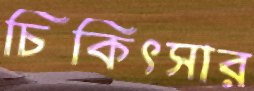
চিকিৎসার